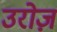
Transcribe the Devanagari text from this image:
उरोज़